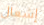
إشعال